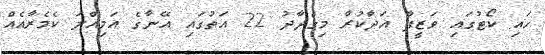
ހައި ކޯޓުގައި ވަޒީފާ އަދާކުރާ މިގްދާދު 22 އަތުގައި އޭނާގެ އަމިއްލަ ކެމެރާއެއް